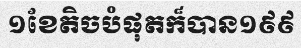
១ខែតិចបំផុតក៏បាន១៩៩